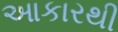
આકારથી